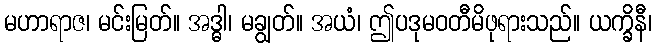
မဟာရာဇ၊ မင်းမြတ်။ အဒ္ဓါ၊ မချွတ်။ အယံ၊ ဤပဒုမဝတီမိဖုရားသည်။ ယက္ခိနီ၊